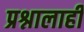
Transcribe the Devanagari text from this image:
प्रश्नालाही